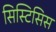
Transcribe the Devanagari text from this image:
सिस्टिसिस